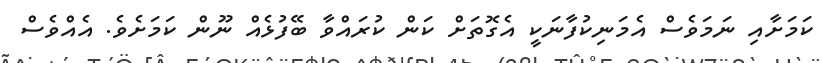
ކަމަށާއި ނަމަވެސް އެމަނިކުފާނަކީ އެގޮތަށް ކަން ކުރައްވާ ބޭފުޅެއް ނޫން ކަަމަށެވެ. އެއްވެސް